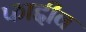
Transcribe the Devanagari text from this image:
फाद्दीव